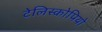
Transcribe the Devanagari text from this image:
टेलिस्कोपियो